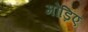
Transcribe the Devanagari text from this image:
मोड़िए